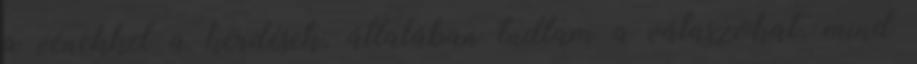
a vénekkel a kérdések, általában tudtam a válaszokat, mind